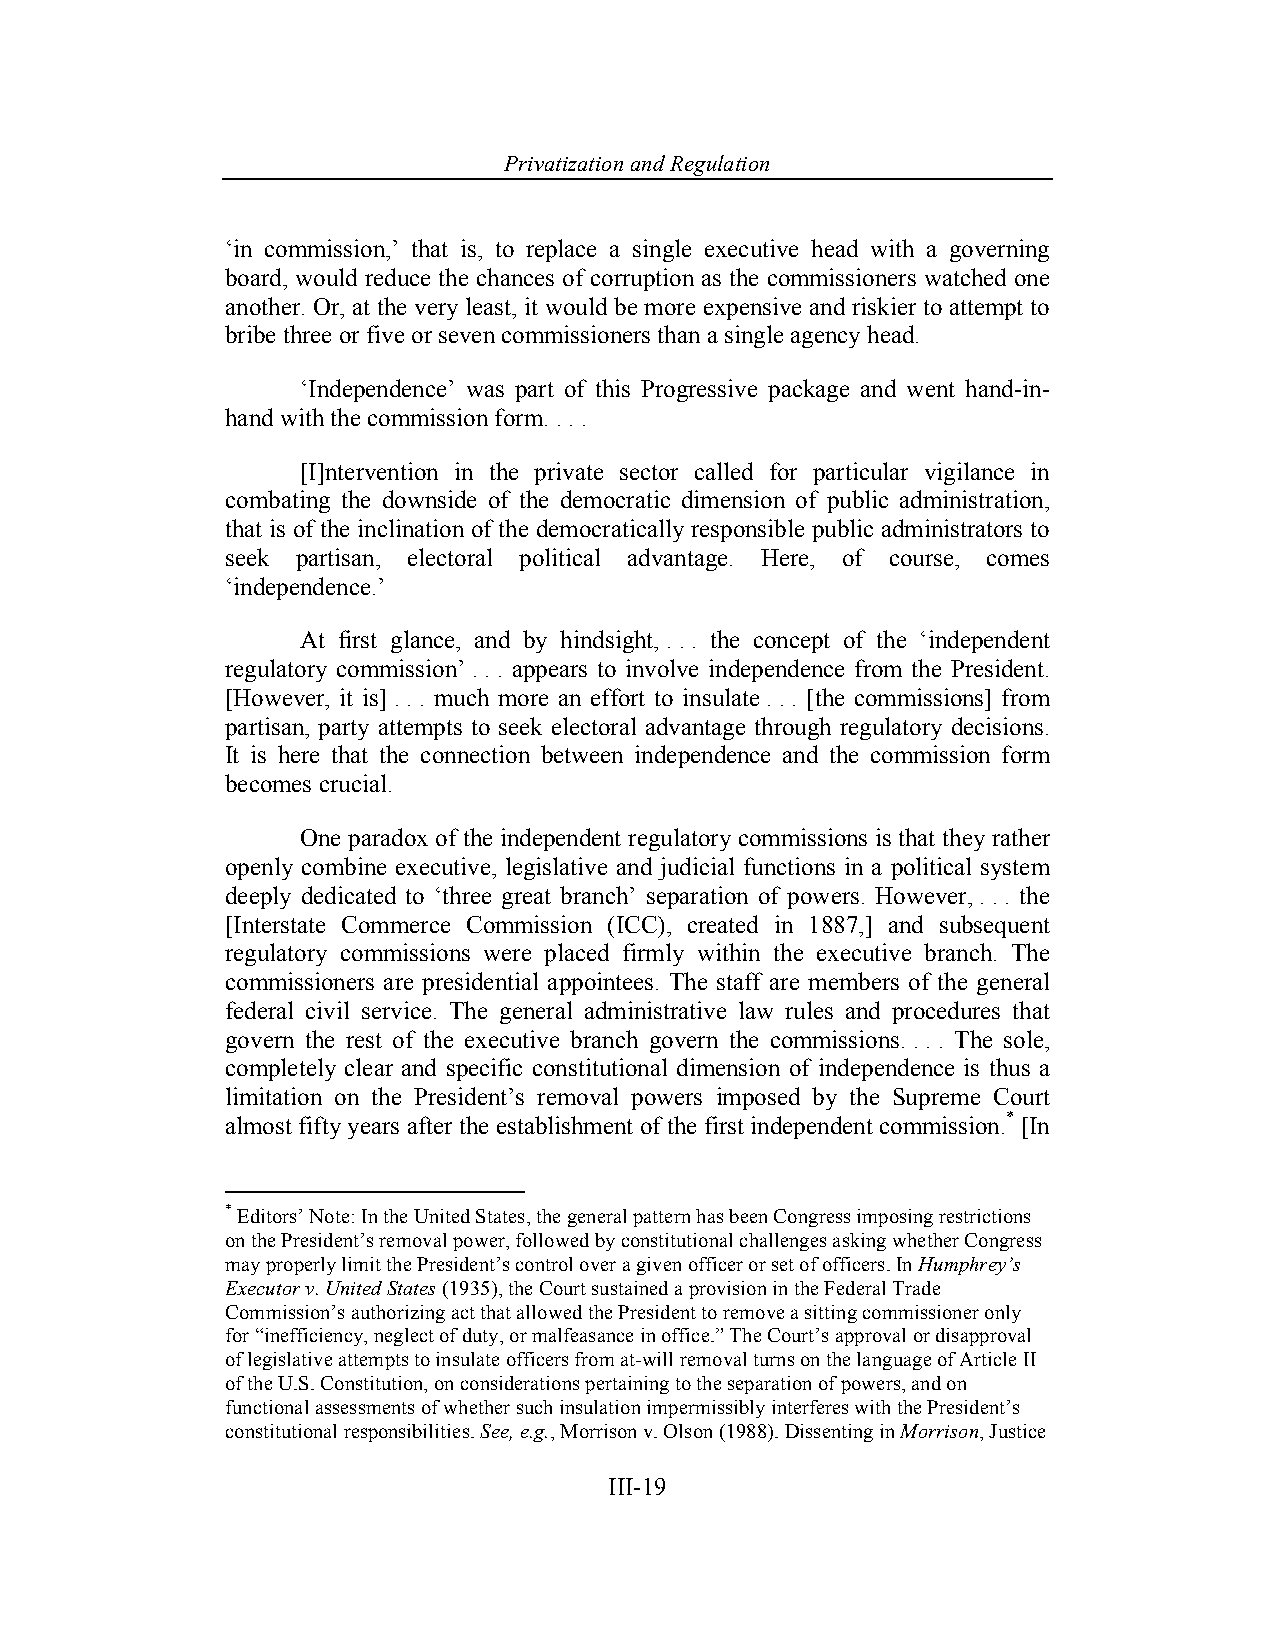
Privatization and Regulation
 ‘in commission,’ that is, to replace a single executive head with a governing
 board, would reduce the chances of corruption as the commissioners watched one
 another. Or, at the very least, it would be more expensive and riskier to attempt to
 bribe three or five or seven commissioners than a single agency head.
 ‘Independence’ was part of this Progressive package and went hand-in-
 hand with the commission form. . . .
 [I]ntervention in the private sector called for particular vigilance in
 combating the downside of the democratic dimension of public administration,
 that is of the inclination of the democratically responsible public administrators to
 seek partisan, electoral political advantage. Here, of course, comes
 ‘independence.’
 At first glance, and by hindsight, . . . the concept of the ‘independent
 regulatory commission’ . . . appears to involve independence from the President.
 [However, it is] . . . much more an effort to insulate . . . [the commissions] from
 partisan, party attempts to seek electoral advantage through regulatory decisions.
 It is here that the connection between independence and the commission form
 becomes crucial.
 One paradox of the independent regulatory commissions is that they rather
 openly combine executive, legislative and judicial functions in a political system
 deeply dedicated to ‘three great branch’ separation of powers. However, . . . the
 [Interstate Commerce Commission (ICC), created in 1887,] and subsequent
 regulatory commissions were placed firmly within the executive branch. The
 commissioners are presidential appointees. The staff are members of the general
 federal civil service. The general administrative law rules and procedures that
 govern the rest of the executive branch govern the commissions. . . . The sole,
 completely clear and specific constitutional dimension of independence is thus a
 limitation on the President’s removal powers imposed by the Supreme Court
 almost fifty years after the establishment of the first independent commission.* [In
 * Editors’ Note: In the United States, the general pattern has been Congress imposing restrictions
 on the President’s removal power, followed by constitutional challenges asking whether Congress
 may properly limit the President’s control over a given officer or set of officers. In Humphrey’s
 Executor v. United States (1935), the Court sustained a provision in the Federal Trade
 Commission’s authorizing act that allowed the President to remove a sitting commissioner only
 for “inefficiency, neglect of duty, or malfeasance in office.” The Court’s approval or disapproval
 of legislative attempts to insulate officers from at-will removal turns on the language of Article II
 of the U.S. Constitution, on considerations pertaining to the separation of powers, and on
 functional assessments of whether such insulation impermissibly interferes with the President’s
 constitutional responsibilities. See, e.g., Morrison v. Olson (1988). Dissenting in Morrison, Justice
 III-19